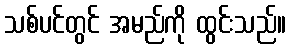
သစ်ပင်တွင် အမည်ကို ထွင်းသည်။